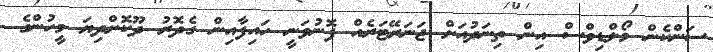
ސަންކެން މޯލްޑިވްސް އިން ތިނަދުއަށް ޖަނަރޭޓަރެއް ފޮނުވަނީ ހައިފާއިން ގެދޮރު ދޫކޮށްދިޔަ މީހުންގެ